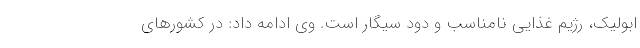
ابولیک، رژیم غذایی نامناسب و دود سیگار است. وی ادامه داد: در کشورهای